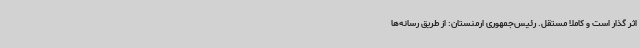
اثر گذار است و کاملا مستقل. رئیس‌جمهوری ارمنستان: از طریق رسانه‌ها